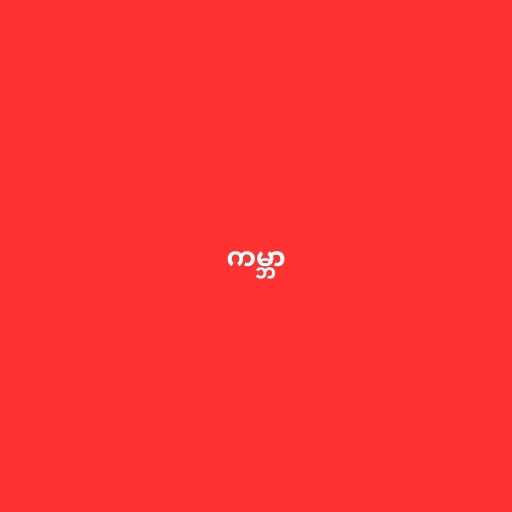
ကမ္ဘာ